Annual report of the Central Committee of the Association together with the report of the directors of the Pasteur Institute at Kasauli
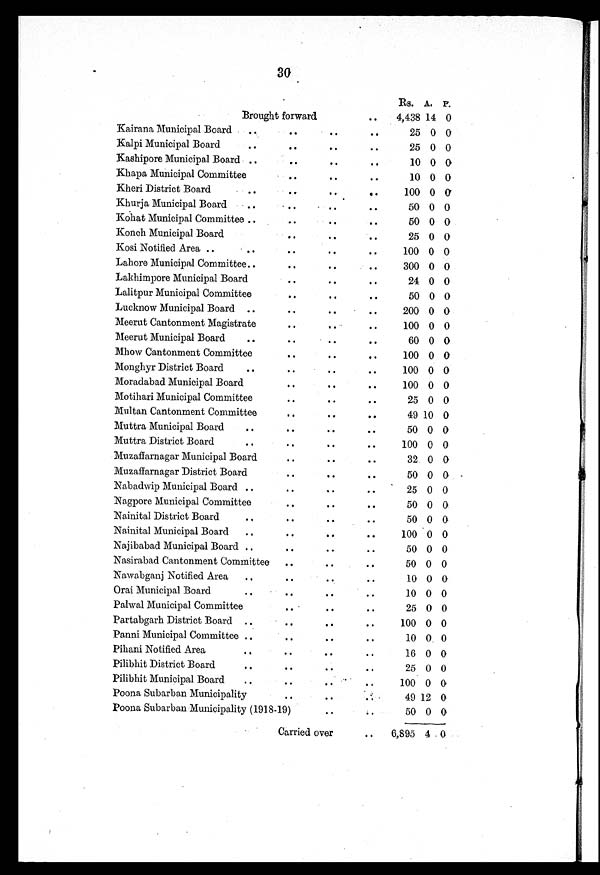
30
Rs. A. P.
Brought forward
. .
4,438 14 0
Kairana, Municipal Board
. .
. .
. .
. .
25 0 0
Kalpi Municipal Board
. .
. .
. .
. .
25 0 0
Kashipore Municipal Board ..
. .
. .
. .
10 0 0
Khapa Municipal Committee
. .
. .
. .
10 0 0
Kheri District Board
. .
. .
. .
. .
100 0
0
Khurja Municipal Board
. .
. .
. .
. .
50 0 0
Kohat Municipal Committee . .
. .
. .
. .
50 0 0
Konch Municipal Board
. .
. .
. .
25 0 0
Kosi Notified Area . .
. .
. .
. .
. .
100 0 0
Lahore Municipal Committee. .
. .
. .
. .
300 0 0
Lakhimpore Municipal Board
. .
. .
. .
24 0 0
Lalitpur Municipal Committee
. .
. .
. .
50 0 0
Lucknow Municipal Board . .
. .
. .
. .
200 0 0
Meerut Cantonment Magistrate
. .
. .
. .
100 0 0
Meerut Municipal Board
. .
. .
. .
. .
60
0
0
Mhow Cantonment Committee
. .
. .
. .
100 0
0
Monghyr District Board
. .
. .
. .
. .
100 0
0
Moradabad Municipal Board
. .
. .
. .
100 0 0
Motihari Municipal Committee
. .
. .
. .
25 0 0
Multan Cantonment Committee
. .
. .
. .
49 10 0
Muttra Municipal Board..
. .
. .
. .
50 0 0
Muttra District Board. .
. .
. .
. .
100 0 0
Muzaffarnagar Municipal Board
. .
. .
. .
32 0 0
Muzaffarnagar District Board
. .
. .
. .
50 0 0
Nabadwip Municipal Board . .
. .
. .
. .
25 0 0
Nagpore Municipal Committee
. .
. .
. .
50 0 0
Nainital District Board
. .
. .
. .
. .
50 0 0
Nainital Municipal Board
. .
. .
. .
. .
100 0 0
Najibabad Municipal Board . .
. .
. .
. .
50 0 0
Nasirabad Cantonment Committee
. .
. .
. .
50 0 0
Nawabganj Notified Area
. .
. .
. .
. .
10 0 0
Orai Municipal Board
. .
. .
. .
. .
10 0 0
Palwal Municipal Committee
. .
. .
. .
25 0 0
Partabgarh District Board . .
. .
. .
. .
100 0 0
Panni Municipal Committee . .
. .
. .
.
. .
10 0 0
Pihani Notified Area
. .
. .
. .
. .
16
0 0
Pilibhit District Board
. .
. .
. .
. .
25
0 0
Pilibhit Municipal Board
. .
. .
. .
. .
100
0 0
Poona Subarban Municipalit
. .
. .
. .
49 12
0
Poona Subarban Municipality (1918-19)
. .
. .
50
0 0
Carried over
. .
6,895 4
0